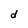
Character: d